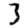
Digit: 3